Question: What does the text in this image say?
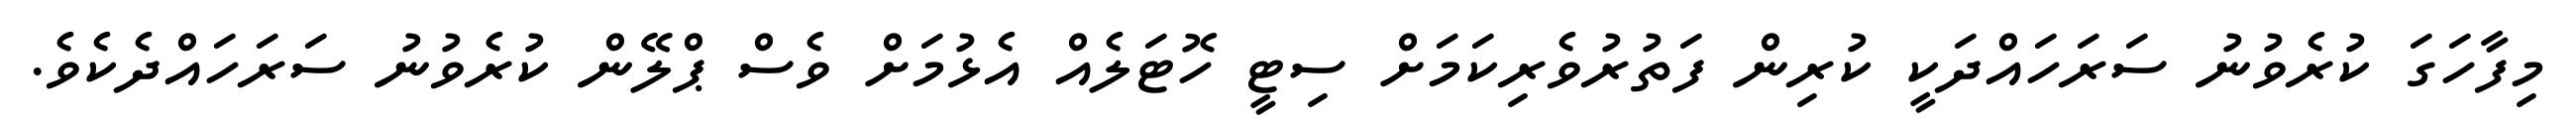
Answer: މިފާހަގަ ކުރެވުނު ސަރަހައްދަކީ ކުރިން ފަތުރުވެރިކަމަށް ސިޓީ ހޮޓަލެއް އެޅުމަށް ވެސް ޕްލޭން ކުރެވުނު ސަރަހައްދެކެވެ.